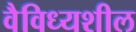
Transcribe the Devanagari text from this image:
वैविध्यशील